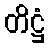
တိဋ္ဌံ